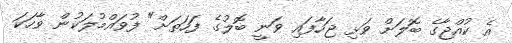
އެ ކުއްޖާގެ ބޮލަށް ވަޅި ޖަހާފައި ވަނީ ބޮލުގެ ފަހަތަށް" ފުވައްމުލަކުން ވާހަކަ